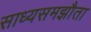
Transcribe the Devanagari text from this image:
साध्यसमझौता